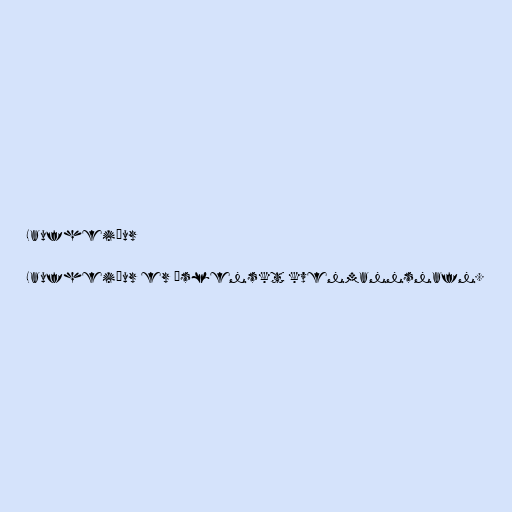
Laufheiður

Laufheiður er íslenskt kvenmannsnafn.